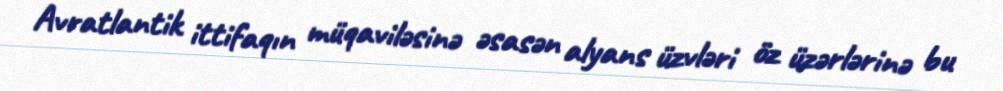
Avratlantik ittifaqın müqaviləsinə əsasən alyans üzvləri öz üzərlərinə bu